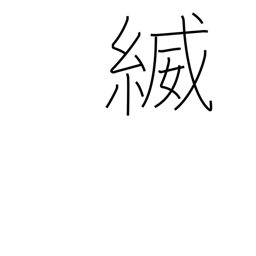
Meaning: the thread/braid (of armour)